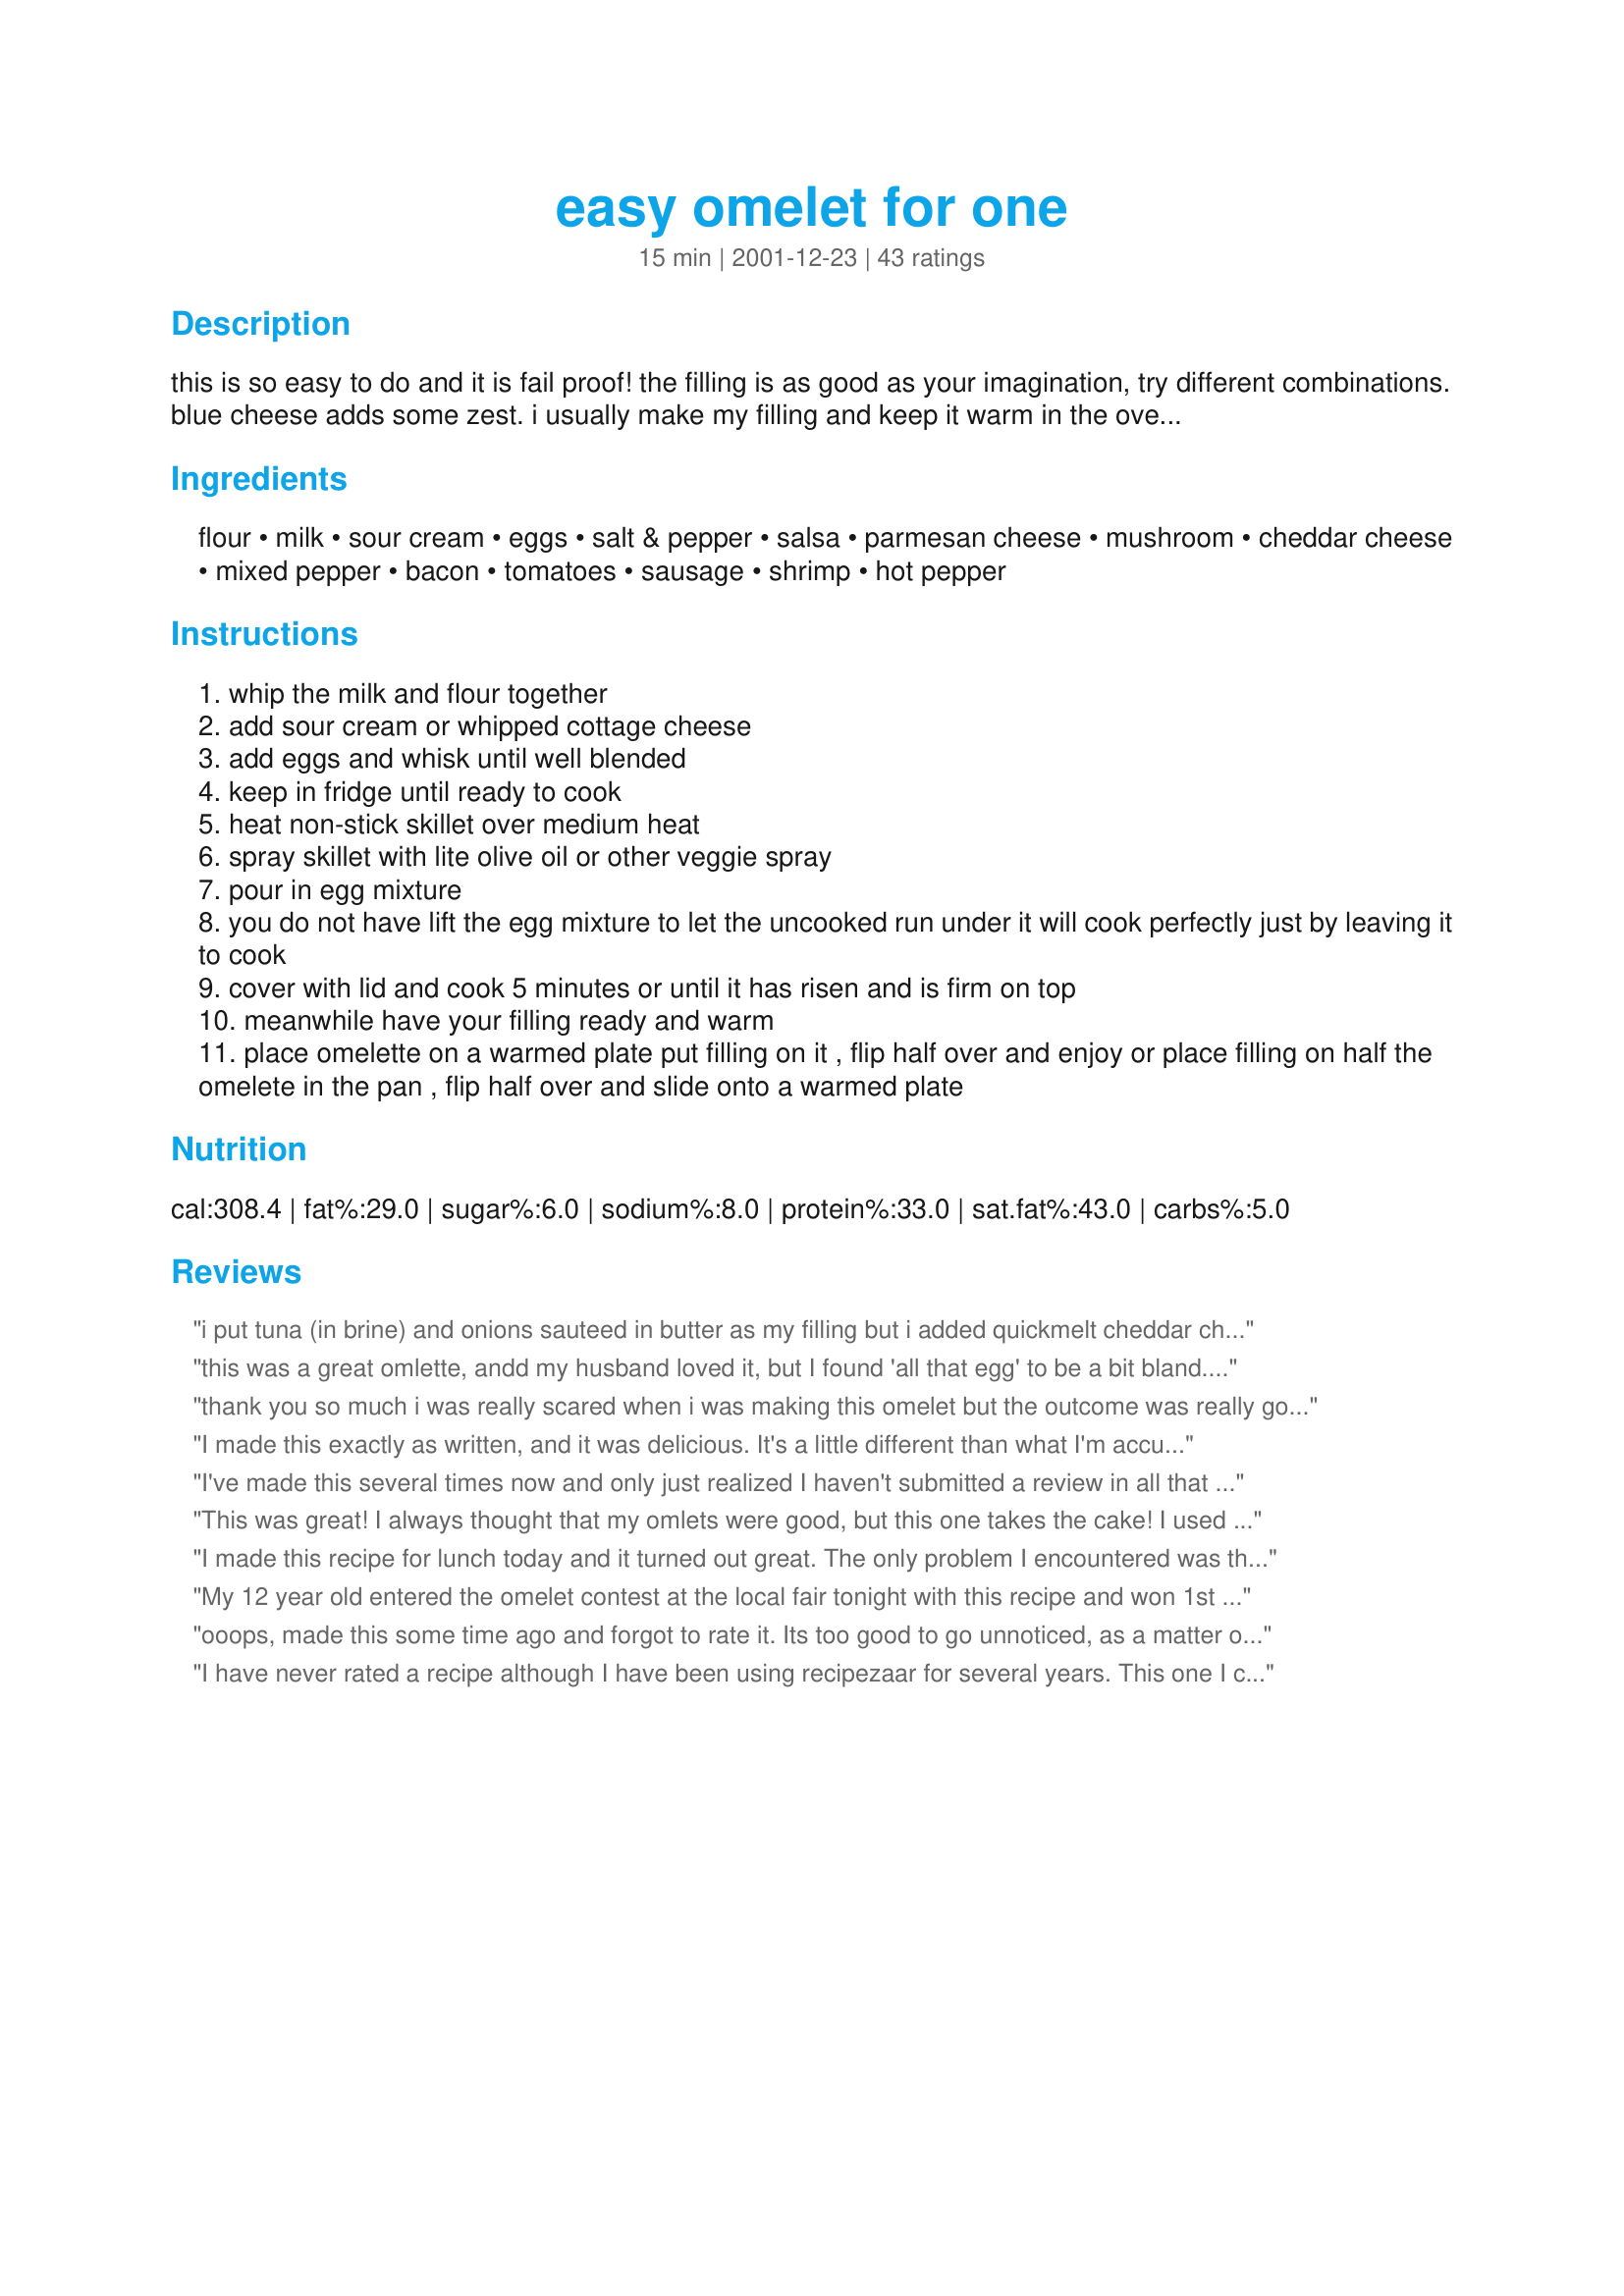
easy omelet for one
Preparation time: 15 minutes

this is so easy to do and it is fail proof! the filling is as good as your imagination, try different combinations. blue cheese adds some zest. i usually make my filling and keep it warm in the oven while i cook the omelette. i often use 3 tbsp whipped cottage cheese instead of the sour cream. i think my favorite omelette is filled with cheddar cheese, jalapeno pepper, crumbled bacon and mushrooms - i fry the mushrooms and jalapeno for just a minute or two and i add the ceddar to the omelette in the last minute of cooking

this is a new favorite filling that i just had. i didn't want to make a new recipe because this is the base recipe. - 3/4 cup fried mushrooms, 1/2 cup chopped, cooked chicken, 1tsp hot cajun spice, 1/4 cup shredded lite gouda cheese (or your own favorite), 4 tbsp hot salsa. fry the mushrooms in a bit of butter or pam, add chicken & cajun spice - heat-remove from pan and keep warm-cook your omelet-add cheese & chicken/ mushrooms when it is just about cooked to one side of the omelet. flip closed, after 1-2 minutes served with the salsa on top!

Ingredients:
flour, milk, sour cream, eggs, salt & pepper, salsa, parmesan cheese, mushroom, cheddar cheese, mixed pepper, bacon, tomatoes, sausage, shrimp, hot pepper

Steps:
whip the milk and flour together
add sour cream or whipped cottage cheese
add eggs and whisk until well blended
keep in fridge until ready to cook
heat non-stick skillet over medium heat
spray skillet with lite olive oil or other veggie spray
pour in egg mixture
you do not have lift the egg mixture to let the uncooked run under it will cook perfectly just by leaving it to cook
cover with lid and cook 5 minutes or until it has risen and is firm on top
meanwhile have your filling ready and warm
place omelette on a warmed plate put filling on it , flip half over and enjoy or place filling on half the omelete in the pan , flip half over and slide onto a warmed plate

Reviews:
i put tuna (in brine) and onions sauteed in butter as my filling but i added quickmelt cheddar cheese before i finished the eggs so it could melt. delicious!
this was a great omlette, andd my husband loved it, but I found 'all that egg' to be a bit bland. Next time i'll put some spices in the batter
thank you so much i was really scared when i was making this omelet but the outcome was really good i stuffed mine with a little bit of salsa ,chicken ,green olives a little bit of yellow onion, green onion ,tomato , cheddar cheese , . AGAIN THANK YOU VERY MUCH FOR THIS WONDERFUL RECIPE
I made this exactly as written, and it was delicious. It's a little different than what I'm accustomed to; I've never put flour or sour cream in an omelette before, but I really enjoyed it. It did puff more than I expected it to, and I learned that the *second* it reaches that apex it needs to be taken off the heat. (Mine got a little toasty!) I used spinach and feta as a filling, but will use just cheese next time - - that will be absolute heaven! Thanks for a great recipe, I'll definitely make this again. :)
I've made this several times now and only just realized I haven't submitted a review in all that time. This is the most wonderful omelet, so light and fluffy. The only change I've made occasionally has been to add a few drops hot pepper sauce to the omelet "batter." To the fillings listed above, I would add (though not all at once) onions, chopped sundried tomatoes and pineapple (I combine pineapple with sausage as a filling).
This was great! I always thought that my omlets were good, but this one takes the cake! I used bacon, cheese, mushrooms, and green peppers! Yummy!
I made this recipe for lunch today and it turned out great. The only problem I encountered was that I did not have an olive oil spray and substituted vegetable oil. This created a brown bottom which still ended up sticking. Next time I will have to make sure I either use more or use a spray. I wasn't sure what the difference was between whipped cottage cheese and normal. All the same I still used what I had and you could see little white specks but it tasted fine and I couldn't taste the cottage cheese. I filled my omelet with colby jack, a chopped pico de gallo mix (which had tomatoes, onions, peppers, and cilantro), salsa, and olives. This was a great recipe since we had just had tacos the other night and had all of these leftover toppings to use which was great.
Thanks for the great recipe!
My 12 year old entered the omelet contest at the local fair tonight with this recipe and won 1st place in his category and 2nd place judges choice -- GREAT RECIPE and EASY to prepare! THANK YOU!!!
ooops, made this some time ago and forgot to rate it. Its too good to go unnoticed, as a matter of fact its on the menu tonite again.
Thanks for sharing such a good receipe, you're only limited to the imagination on the fillers.
Enjoy and thanks again Bergy....
I have never rated a recipe although I have been using recipezaar for several years. This one I could not pass up. Simply put, "EXCELLENT!" I filled mine with hashbrowns and cheddar cheese, slathered it in hot sauce and PIGGGGGGGED out!!! Thanks for the great Omelette...BURP....oh..excuse me!!
Wow, this turned out great. I did want is more "eggy" per some of the comments so I upped the milk to 1/2 a cup and used 6 eggs, but used the quantities stated for flour and sour cream... I was making this for 2 people. It was perfect! Totally worked for us. Thanks Bergy.
I made this for Father's Day breakfast. I burned one side, and my dad STILL pronounced it delicious. Now that's a good recipe. I used whipped cottage cheese and added Pepperjack cheese, veggies, and diced jalapenos to the filling. If I ever need to make an impressive, pretty omelet again, I will definitely use your recipe.
In one word.. wow! This was above and beyond what I was expecting. I cut the flour by half and filled my omelet with cheddar cheese, a sausage/potato salad left over a previous night (25919) and topped it with some green onions. Deeeelish! The eggs were beautifully browned on the outside and so soft and fluffy on the inside. Plus the flavours complimented the salty fillings perfectly. I'm craving another one already. Thank you!
I tried this for the first time today, it was quick and delicious! I will definitely be making this again :)
Sorry, but I didn't really care for this. I found the flour to overwhelm all the other ingredients and could only taste that. I only added provolone cheese so perhaps more add ins would have helped?
Wow--this was quite an adventure. Will try to make this review short! Hubby loves omelets & I really loved this method! I tried it with a 10" skillet on med heat but it burned on the bottom. So I tried it w/ my 8" skillet & used a lower setting--after 2 tries plus input from hubby--I used half the amt of milk, 1 tbsp sour cream (fat free) & 1 tbsp flour. He really likes egg flavor & didn't like the full amt of flour (too "bready" he said). I did finally find the right setting on my stove so that it would be done in 5 min. I hope this is a keeper--I enjoyed making the effort to make this work! Thank u for sharing!
We had this for dinner tonight & it was lovely. I used chorizo, red pepper, mushroom, zucchini, onion, bacon, salsa & cheddar cheese as the filling. Will definitely make this again. Thanks for sharing.
This was wonderful! I used chopped, cooked bacon, saut&eacute;ed mushrooms, and mozzarella cheese in the middle, and we loved them. I&#039;ve always been a bit intimidated about omelettes, but these were super easy!
I didn't love the texture of this. Easy, yeah. But a real omelet is work the extra work, I think. Sorry.
YUM :) <br/>I added broccoli, green peppers, red pepper, carrots and parmesan cheese!
Sorry we didn't care for this recipe, my BF thought it tasted like an uncooked pancake, not what he wanted when he said Omelettes for breakfast please!. It was fluffy though, just not our style
Great recipe!!! I made these for my family for breakfast one Sunday morning. I offered ham,spinach, mushrooms, onions, green peppers, cheddar cheese, salsa, parmesan cheese and jalapeno peppers. They thought this was great, everyone could add what they wanted. Easy and delicious, a cooks best combo...lol. Thank you for posting, Stephanie
I was hoping that this recipe would work for me but it didn't! The omlette certainly rose & cooked all the way through BUT my husband & I both thought the flavour of the eggs was overshadowed by the flour. Sorry Bergy!
Superb! I used an extra-large frying pan and made and Easy Omelette for Two. My favorite filling: onions, mushrooms and roasted red peppers fried together and then add in some mozzarella cheese!
Great omelette, made it for two and kinda cleaned out the fridge for a quick supper. We filled them with a mix of crisp bacon, cheese, tomato, mushroom,green onion, parsley, and jalapeno and a couple of ribs of celery, all of the above chopped and quickly sauted in another frypan. Very good quick supper topped with 3 bean salsa. Thanks for sharing another good one Bergy! oct 24/07 made for breakfast this morning, as a cheese omelete with salsa, delicious thanks! March 23/08 Made it for Easter brunch for two, filled with mushrooms and cheese, wonderful !!!!!
Delish. I have always used a basic eggs/milk/salk and pepper mix to make omelets, but this is really special. Its very light and fluffy, and yet one filling meal. My fillings were fried onions, chicken, mushrooms and cheddar cheese. Thanks!
I just so thoroughly enjoyed this and can see it being so versatile - I served mine on the plate whole instead of turning in half as I thought it would crack up too much trying to do so and not look as attractive. Next time I think I will add some capsicum and mozzarella to the tomatoe, mushroom and escallot that I used to make a no crust veggie pizza (very low carb) and maybe just brown the cheese off under the grill. Thank you Bergy, made for All You Can Cook Buffet.
I made this over the weekend, I filled it with ham, red peppers and cheese. I liked the soft part of the egg but really didn't care for the browned outside.
I made my husband this omelet. He said that it tastes better than the omelets I usually make for him! I took a bite myself and thought it was prety good as well!
Excellent recipe. Simple to make. Yummy. Thank you for sharing this recipe.
After it was folded over, I was treated to a double delight. A lightly browned pancake shell, and a soft fluffy egg center. I filled mine with shredded cheese that melted into a smooth creamy core.
We made 2 this morning - blue cheese and mushroom for me and cheese and tomato for my partner. A great idea, very easy to put together and a very tasty breakfast or brunch meal. I am not sure about calling it an omelette, however, as it definitely isn't a classic omelette, but I'm pedantic. Thank you for sharing the recipe - we'll be making this again.
This gets the highest rating. My 17 yo son found this <apparently he did a search for "easy"> after I was out one night and told him to make dinner for his sisters. He has requested it 4 times now in the past month. I have used ham, cheddar and jalpeno pepper, another time I used mushrooms, cheddar and bacon. Sour cream makes it more fluffy, be my son actually prefers the cottage cheese. I might just try making it for breakfast!
this was pretty good, light & fluffy. i used plain yogurt since i was out of sour cream and it worked just as well. filled it up with canned salmon, tomato and green onions. yum.
I used 4 eggs and increased all else accordingly and added cheddar & jack cheeses. The flour and sour cream produced a filling egg omelet. Very good Bergy, will repeat this often !
If you don't have sour cream use 3 tbsp of 2% cottage cheese. You don't have to whip it just put in as as you would the sour cream and it works just as well
I really never rate anything, but this is one of my favs.. it delicious and very very easy to make!! yummy!!!
What an easy way to make the perfect omelet! I HATE making omelets, they never turn out for me but with this method I will be making them more often, such a fool proof method, and the taste was fantastic, thank you so much for sharing!
It is very light and fluffy. But we were not crazy about this. I think if 4 eggs were used in place of 2 it would be more an omelet and not so pancakey. It is easy to make. I did use yogurt in place of sour cream. Filled with mushrooms and spinach with a hint of garlic. 
Thanks Bergy.
I will try with 4 eggs.
I've always made omelettes with just milk, salt and pepper, and different fillings .. the sour cream really adds something!! (even though it was fat-free) .. thanks Bergy :)
I halved the recipe and maybe I got the proportions wrong but the flour didn't do the omelet justice.

I filled mine with broccoli and spinach, and looked at the different variations you used on fillings. :)

I'll try it again and this time use the full amounts. I'll update when I do this.
Absolutely delicioso! I stuffed mine with crisp bacon, sauteed onions and mushrooms, Colby Cheese, Monterey Jack Cheese, Swiss Cheese, and seasoned it with seasoned black pepper and paprika. Can't wait to try your "West Omelette" recipe1 (Just kidding, Bergy)
This was very good. I'd like it to be a little eggier, so will use less flour and milk next time. Definitely a keeper. Thanks Bergy.
